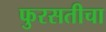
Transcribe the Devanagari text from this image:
फुरसतीचा